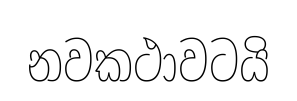
නවකථාවටයි